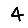
Digit: 4